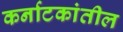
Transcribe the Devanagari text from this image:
कर्नाटकांतील